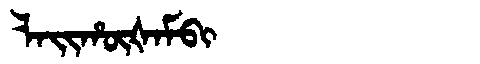
Manchu: ᠯᠠᡳᡥᡡᡧᠠᠮᠪᡳ
Romanization: LAIHŪŠAMBI